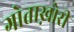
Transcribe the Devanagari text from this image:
गोताख़ोरी